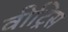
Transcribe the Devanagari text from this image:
वीट्रिस